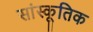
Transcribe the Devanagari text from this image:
सांस्कूतिक